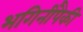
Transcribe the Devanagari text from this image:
भगिनींपैकी